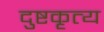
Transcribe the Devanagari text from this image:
दुष्टकृत्य